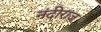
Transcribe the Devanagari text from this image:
नंदीराज